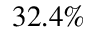
3 2 . 4 \%